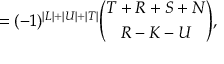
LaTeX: = ( - 1 ) ^ { \vert L \vert + \vert U \vert + \vert T \vert } { \binom { T + R + S + N } { R - K - U } } ,